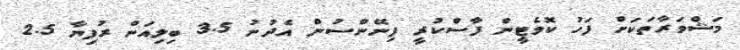
މަޝްވަރާތަކަށް ފަހު ކޮމެޓީން ފާސްކުރީ ފިނޭންސުން އެދުނު 3.5 ބިލިއަން ރުފިޔާ 2.5